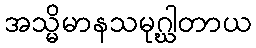
အသ္မိမာနသမုဂ္ဃါတာယ